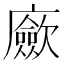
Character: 𢌃